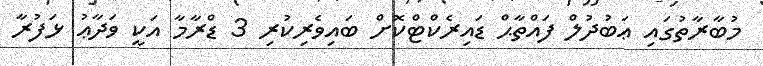
މުބާރާތުގައި ޢަބުދުލް ފައްތާޙް ޑައިރެކްޓްކޮށް ބައިވެރިކުރި 3 ޑްރާމާ އަކީ ވަދާޢު ޅަފުރާ